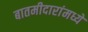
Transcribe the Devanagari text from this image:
बातमीदारांमध्ये